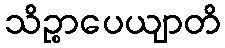
သိဉ္စာပေယျာတိ